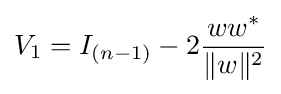
V_{1}=I_{(n-1)}-2{\frac {ww^{*}}{\|w\|^{2}}}